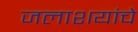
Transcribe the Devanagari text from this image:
जलाशयांचे